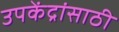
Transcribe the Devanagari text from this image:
उपकेंद्रांसाठी